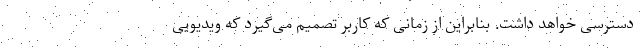
دسترسی خواهد داشت. بنابراین از زمانی که کاربر تصمیم می‌گیرد که ویدیویی